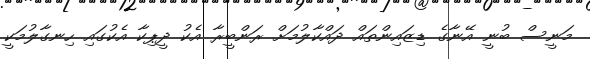
މަނީސް ބުނީ އޭނާގެ ޑިޒައިންތައް ދައްކާލުމަށް ރަންބީރާ އެކު ދީޕިކާ އެކުގައި ހިނގާލުމަކީ